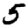
Digit: 5